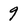
Character: 9